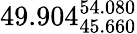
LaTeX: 49.904_{45.660}^{54.080}